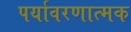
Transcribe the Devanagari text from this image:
पर्यावरणात्मक